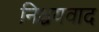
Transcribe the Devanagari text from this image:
निश्चयवाद